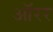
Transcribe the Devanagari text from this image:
ऑरर